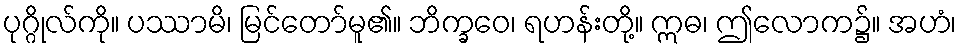
ပုဂ္ဂိုလ်ကို။ ပဿာမိ၊ မြင်တော်မူ၏။ ဘိက္ခဝေ၊ ရဟန်းတို့။ ဣဓ၊ ဤလောက၌။ အဟံ၊